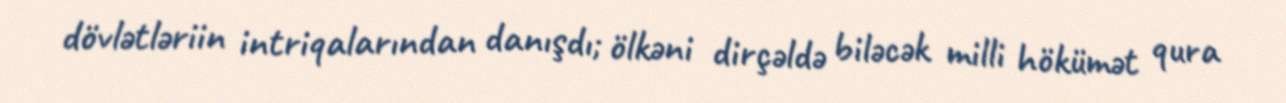
dövlətləriin intriqalarından danışdı; ölkəni dirçəldə biləcək milli hökümət qura